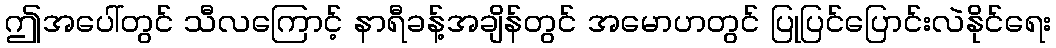
ဤအပေါ်တွင် သီလကြောင့် နာရီခန့်အချိန်တွင် အမောဟတွင် ပြုပြင်ပြောင်းလဲနိုင်ရေး